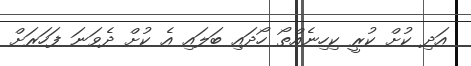
އަދި ކުށް ކުރީ ކިހިނެއްތޯ ހޯދައި ބަލައި އެ ކުށް ދެވަނަ ފަހަރަށް